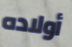
أولاده